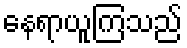
နေရာယူကြသည်